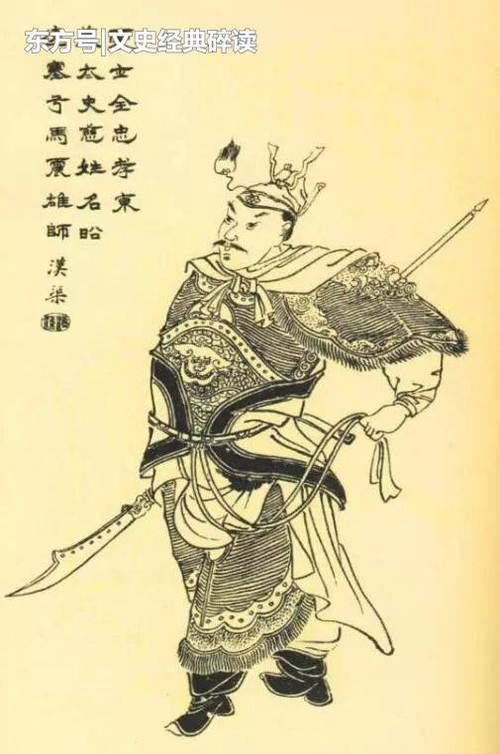
食者，国之宝也兵者，国之爪也